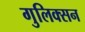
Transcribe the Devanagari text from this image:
गुलिक्सन